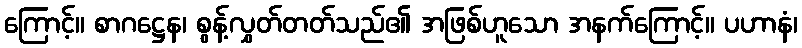
ကြောင့်။ စာဂဋ္ဌေန၊ စွန့်လွှတ်တတ်သည်၏ အဖြစ်ဟူသော အနက်ကြောင့်။ ပဟာနံ၊